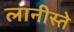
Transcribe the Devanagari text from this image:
लानीस्ते